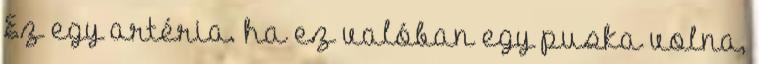
Ez egy artéria. ha ez valóban egy puska volna,